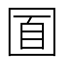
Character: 𡇢